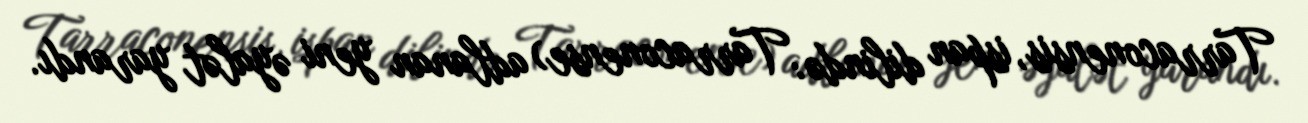
Tarraconensis, ispan dilində: Tarraconense) adlanan yeni əyalət yarandı.